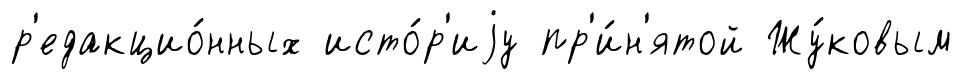
р'едакцио́нных исто́р'иjу пр'и́н'ятой Жу́ковым